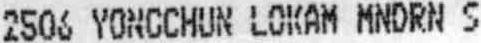
2506 YONGCHUN LOKAM MNDRN S